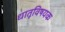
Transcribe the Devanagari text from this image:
धातूविषयक